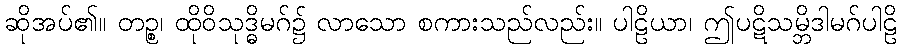
ဆိုအပ်၏။ တဉ္စ၊ ထိုဝိသုဒ္ဓိမဂ်၌ လာသော စကားသည်လည်း။ ပါဠိယာ၊ ဤပဋိသမ္ဘိဒါမဂ်ပါဠိ